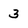
Character: 3